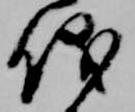
儀